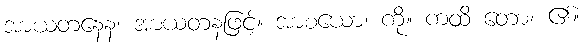
အာယတနေန၊ အာယတနဖြင့်။ အာစယော၊ ကို။ ကထိ တော၊ ၏။